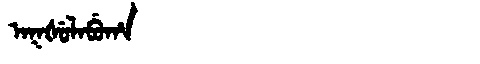
Manchu: ᠠᡴᡧᡠᠯᠠᠪᡠᡥᠠ
Romanization: AKŠULABUHA